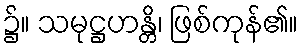
၌။ သမုဋ္ဌဟန္တိ၊ ဖြစ်ကုန်၏။